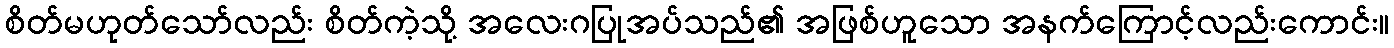
စိတ်မဟုတ်သော်လည်း စိတ်ကဲ့သို့ အလေးဂပြုအပ်သည်၏ အဖြစ်ဟူသော အနက်ကြောင့်လည်းကောင်း။